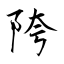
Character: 陓